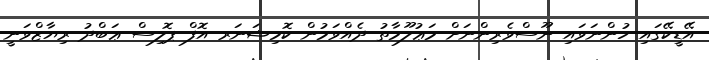
އޭޑީކޭގައި ހުންނަވައި ނޫސްވެރިންނަށް މަޢުލޫމާތު ދެއްވަމުން ކޮމިޝަނަރ އޮފް ޕޮލިސް ޢަބްދު ރިޔާޒްވަނީ